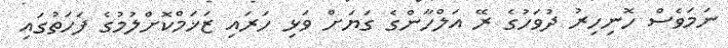
ނަމަވެސް ހޮނިހިރު ދުވަހުގެ ރޭ އަލްހާންގެ ގަޔަށް ވަޅި ހަރައި ޒަޚަމްކޮށްލުމުގެ ފަހަތުގައި